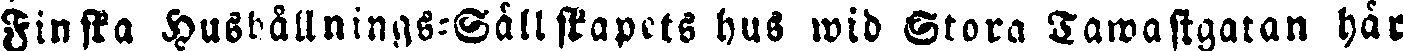
Fisnka Hushållnings-Sällskapets hus wid Stora Tawastgatan här